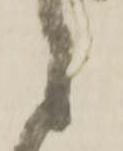
之